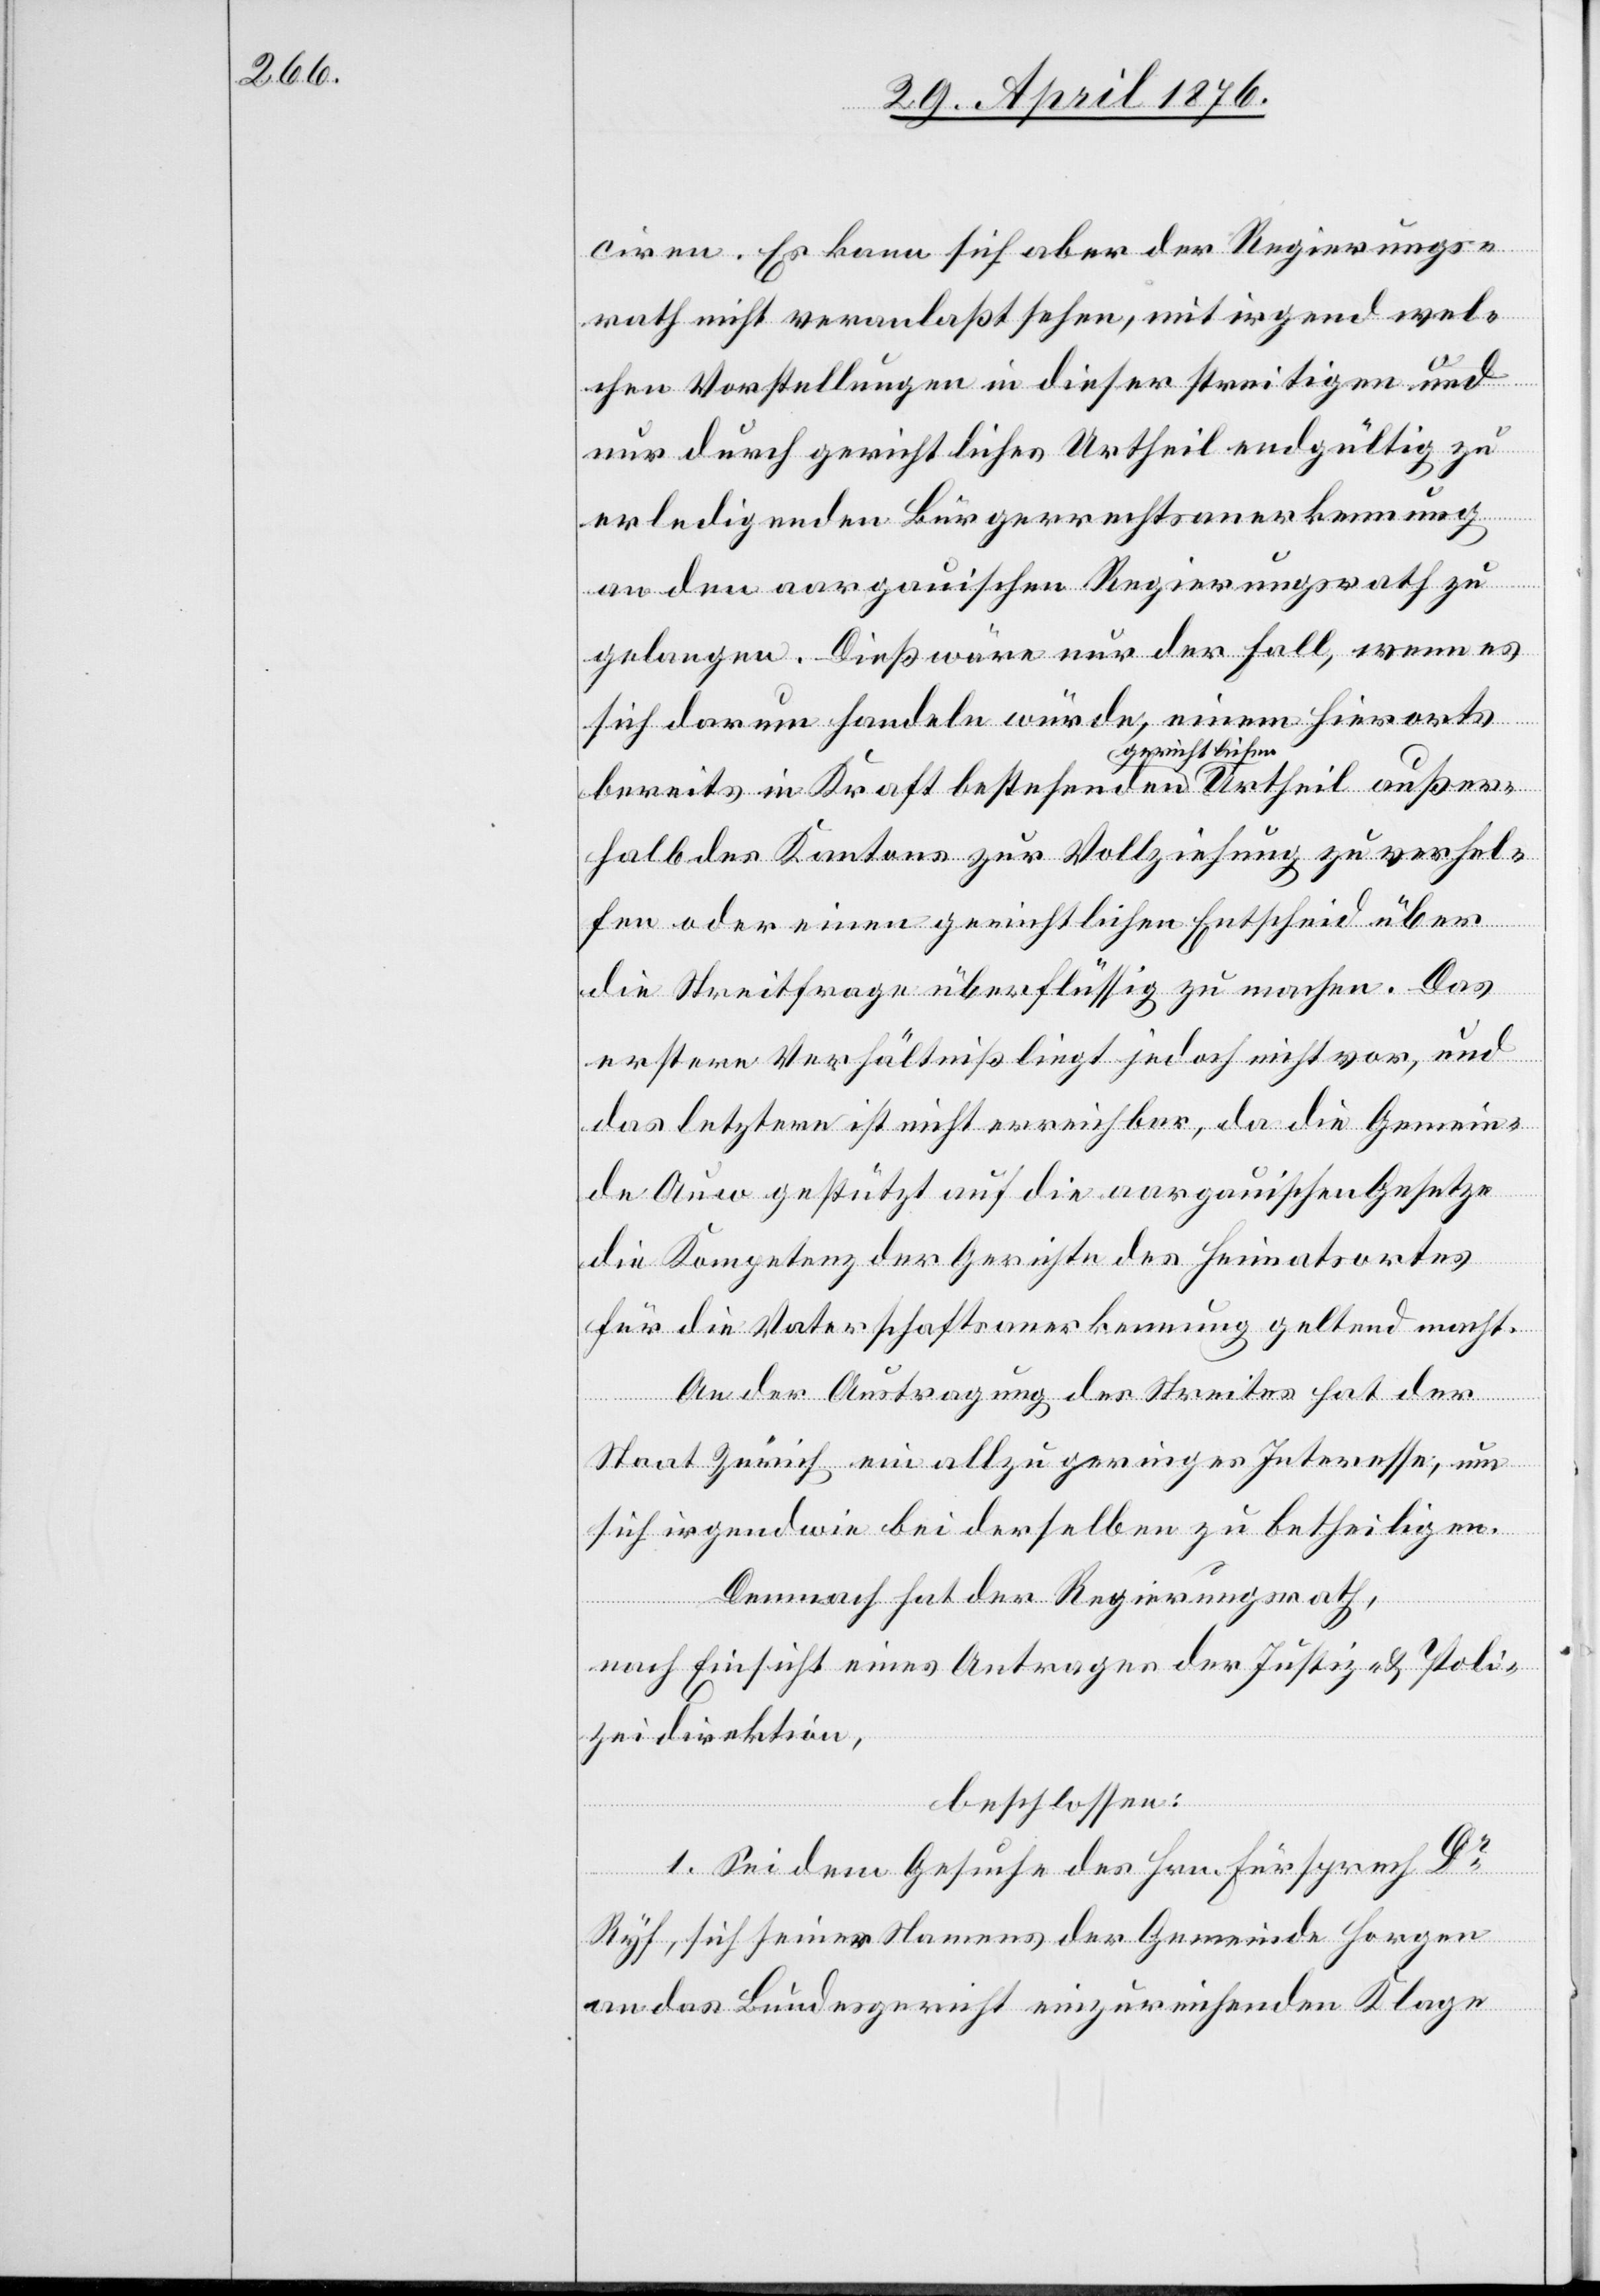
ciren. Es kann sich aber der Regierungs¬
rath nicht veranlaßt sehen, mit irgend wel¬
chen Vorstellungen in dieser streitigen und
nur durch gerichtliches Urtheil endgültig zu
erledigenden Bürgerrechtsanerkennung
an den aargauischen Regierungsrath zu
gelangen. Dies wäre nur der Fall, wenn es
sich darum handeln würde, einem hierorts
bereits in Kraft bestehenden gerichtlichen Ur¬
halb des Kantons zur Vollziehung zu verhel¬
fen oder einen gerichtlichen Entscheid über
die Streitfrage überflüssig zu machen. Das
erstere Verhältniß liegt jedoch nicht vor, und
das letztere ist nicht erreichbar, da die Gemein¬
theil
de Auw gestützt auf die aargauischen Gesetze
die Kompetenz der Gerichte des Heimatortes
für die Vaterschaftsanerkennung geltend macht.
An der Austragung des Streites hat der
Staat Zürich ein allzu geringes Interesse, um
sich irgendwie bei derselben zu betheiligen.
Demnach hat der Regierungsrath,
nach Einsicht eines Antrages der Justiz- & Poli¬
zeidirektion,
beschlossen:
1. Sei dem Gesuche des Hrn. Fürsprech
Ryf, sich seines Namens der Gemeinde Horgen
an das Bundesgericht einzureichenden Klage

außer¬